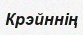
Крэйннің